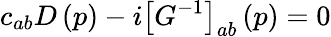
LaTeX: c_{ab}D\left(p\right)-i\left[G^{-1}\right]_{ab}\left(p\right)=0